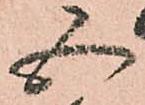
五